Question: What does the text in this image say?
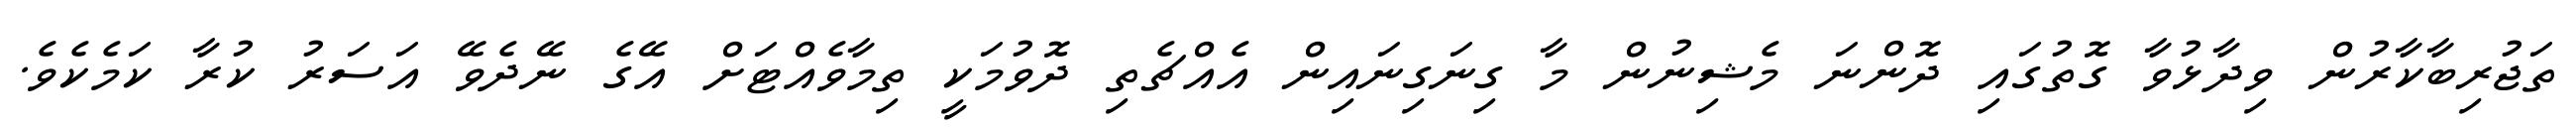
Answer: ތަޖުރިބާކާރުން ވިދާޅުވާ ގޮތުގައި ދޮންނަ މެޝިނުން މާ ގިނަގިނައިން އެއްޗެތި ދޮވުމަކީ ތިމާވެއްޓަށް އޭގެ ނޭދެވޭ އަސަރު ކުރާ ކަމެކެވެ.